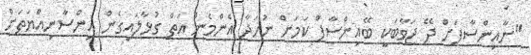
"ނާއިންސާފަށް ދޭ ޖަވާބަކީ ބޭއިންސާފް ކަމަށް ނުހަދާ އެންމެން އަތް ގުޅާލައިގެން އިންސާނިއްޔަތަށް